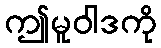
ဤမူဝါဒကို